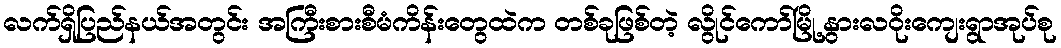
လက်ရှိပြည်နယ်အတွင်း အကြီးစားစီမံကိန်းတွေထဲက တစ်ခုဖြစ်တဲ့ လွိုင်ကော်မြို့နွားလဝိုးကျေးရွာအုပ်စု